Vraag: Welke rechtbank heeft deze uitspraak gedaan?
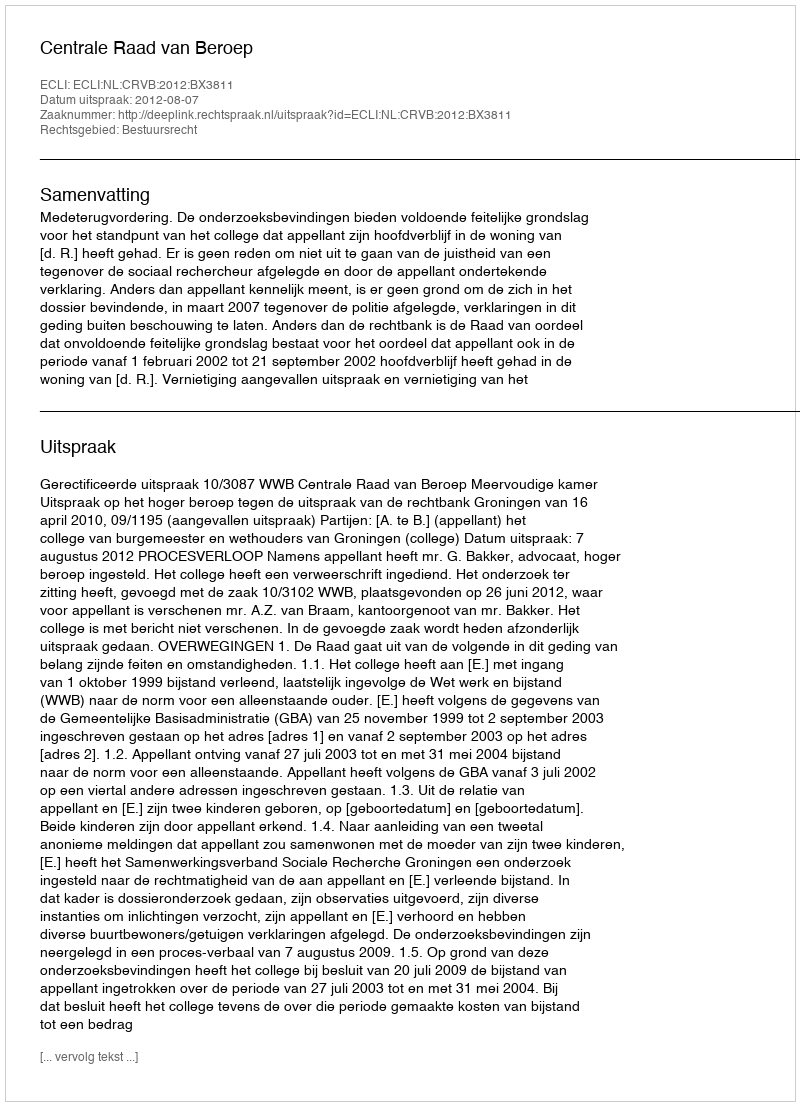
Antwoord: Centrale Raad van Beroep